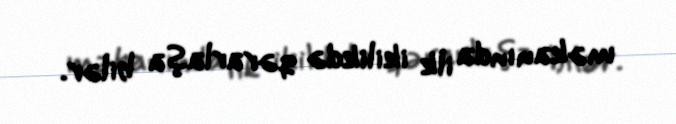
məkanında ilk ikilikdə qərarlaşa bilər.